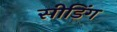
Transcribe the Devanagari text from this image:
सीडिंग